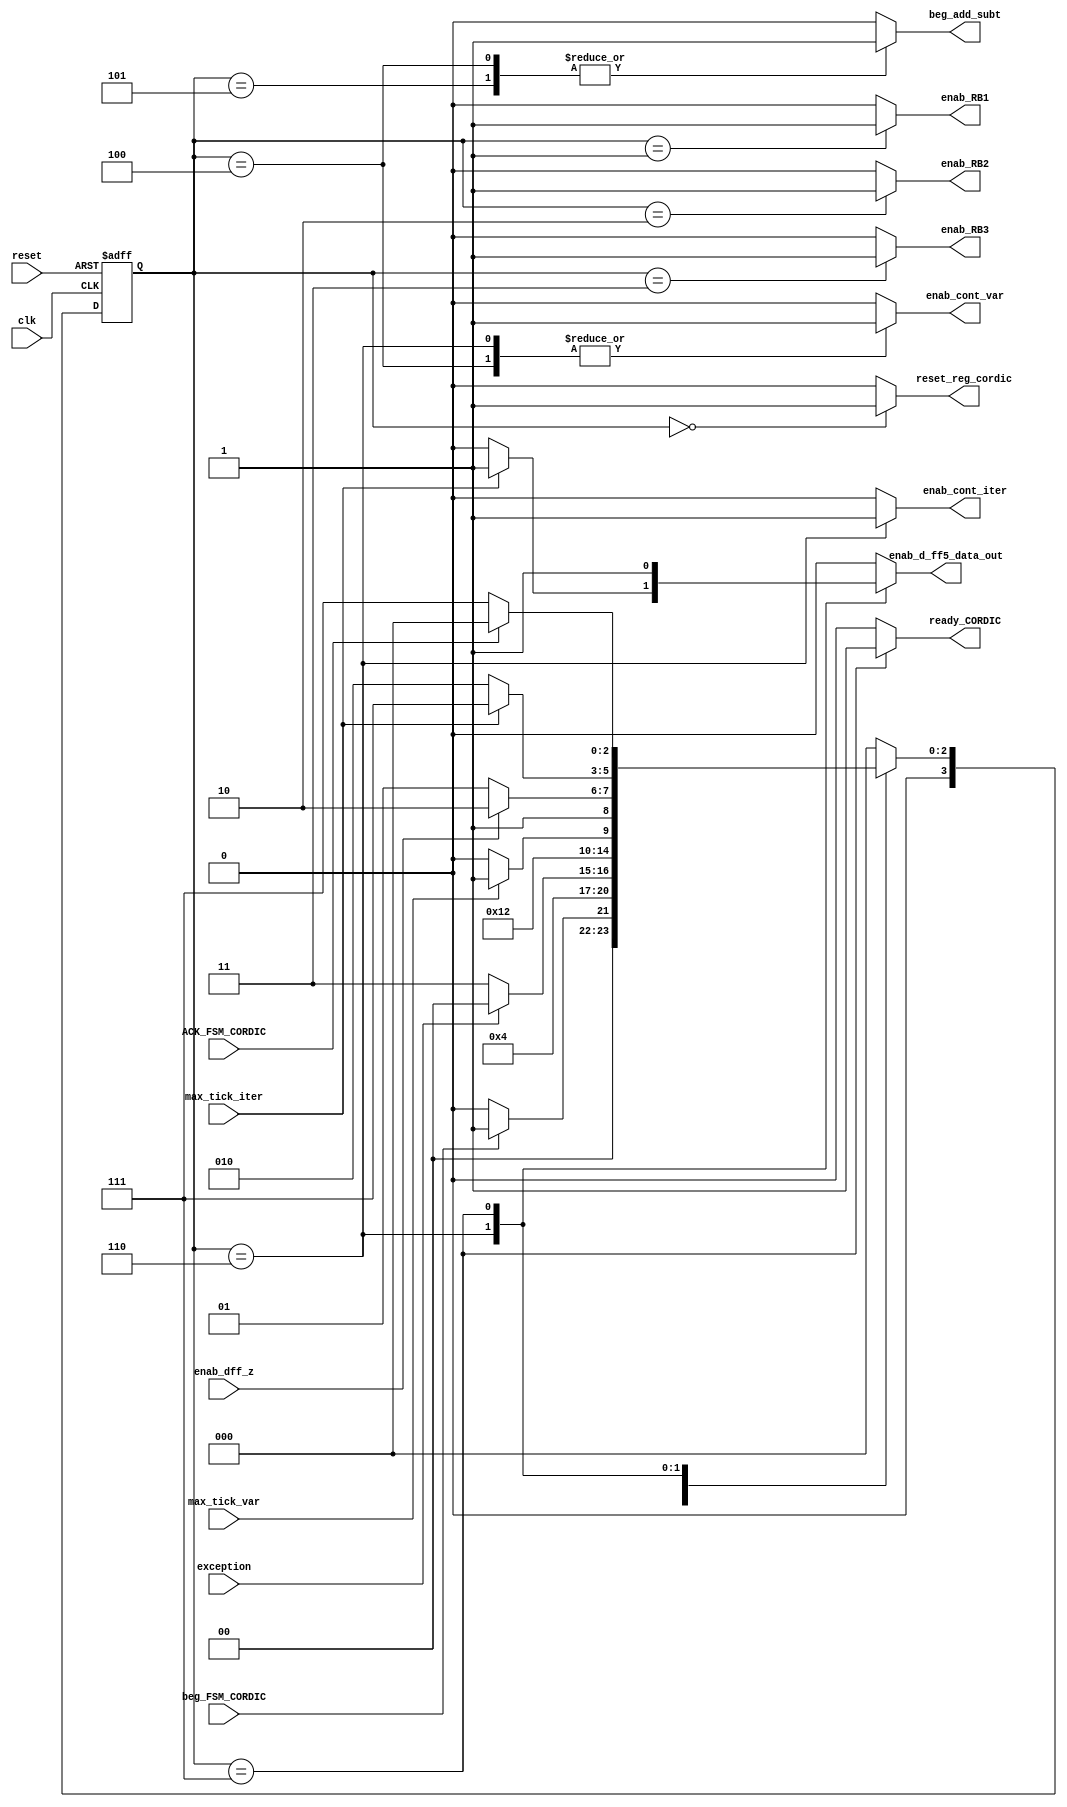
module CORDIC_FSM_v3_3
(
  input wire clk,											
  input wire reset,										
  input wire beg_FSM_CORDIC,								
  input wire ACK_FSM_CORDIC,								
  input wire exception,
  input wire max_tick_iter, 			
  input wire max_tick_var, 				
  input wire enab_dff_z,
  output reg reset_reg_cordic,
  output reg ready_CORDIC,								
  output reg beg_add_subt,								
  output reg enab_cont_iter,				
  output reg enab_cont_var,				
  output reg enab_RB1, enab_RB2, enab_RB3,
  output reg enab_d_ff5_data_out
);
localparam [3:0]    est0 = 0,
                    est1 = 1,
                    est2 = 2,
                    est3 = 3,
                    est4 = 4,
                    est5 = 5,
                    est6 = 6,
                    est7 = 7;
reg [3:0] state_reg, state_next;	
always @( posedge clk, posedge reset)
    begin
        if(reset)	
            state_reg <= est0;
        else		
            state_reg <= state_next;
    end
always @*
    begin
    state_next = state_reg; 
    reset_reg_cordic = 0;
    enab_RB1 = 0;
    enab_RB2 = 0;
    enab_RB3 = 0;
    enab_cont_var  = 0;
    enab_cont_iter = 0;
    enab_d_ff5_data_out = 0;
    ready_CORDIC = 0;
    beg_add_subt = 0;
    case(state_reg)
    est0:
    begin
      reset_reg_cordic = 1'b1;
      if(beg_FSM_CORDIC) begin
        state_next = est1;
      end else begin
        state_next = est0;
      end
    end
		est1:
		begin
      enab_RB1 = 1'b1;
			state_next = est2;
		end
    est2:
    begin
      enab_RB2 = 1'b1;
			if(exception) begin
				state_next = est0;
			end else begin
				state_next = est3;
      end
    end
    est3:
    begin
      enab_RB3 = 1'b1;
			state_next = est4;
    end
    est4:
    begin
      enab_cont_var = 1'b1; 
      beg_add_subt = 1'b1;
      if (max_tick_var) begin
        state_next = est5;
      end else begin
        state_next = est4;
      end
    end
    est5:
    begin
      beg_add_subt = 1'b1;
      if (enab_dff_z) begin
        state_next = est6;
      end else begin
        state_next = est5;
      end
    end
    est6:
    begin
      enab_cont_iter = 1'b1; 
      enab_cont_var = 1'b1;  
      if (max_tick_iter) begin
        state_next = est7; 
        enab_d_ff5_data_out = 1;
      end else begin
        state_next = est2; 
      end
    end
    est7:
    begin
      ready_CORDIC = 1'b1;
      enab_d_ff5_data_out = 1'b1;
      if(ACK_FSM_CORDIC) begin
        state_next = est0;
      end else begin
        state_next = est7;
      end
    end
    default :
      begin
        state_next = est0;
      end
    endcase
  end
endmodule